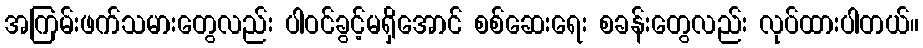
အကြမ်းဖက်သမားတွေလည်း ပါဝင်ခွင့်မရှိအောင် စစ်ဆေးရေး စခန်းတွေလည်း လုပ်ထားပါတယ်။